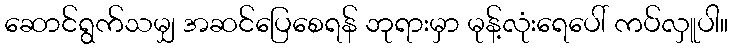
ဆောင်ရွက်သမျှ အဆင်ပြေစေရန် ဘုရားမှာ မုန့်လုံးရေပေါ် ကပ်လှူပါ။